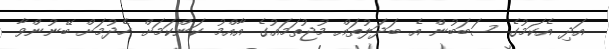
އަދި އެކަމުގެ ސަބަބުން އެ ބަދަލުތައް މުޖުތަމައުގެ އާއްމު ކަންކަމަށް ހެދުމަށް ބޭނުންވާ